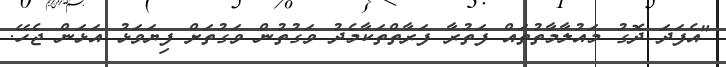
"އެފަދަ ދޮގު މައުލާމާތުތައް ފަތުރާ ފަރާތްތަކާމެދު ވަގުތުން ވަގުތަށް ފިޔަވަޅު އަޅަން ޖެހޭ.